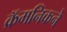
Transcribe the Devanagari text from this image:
क्रॅमनिकने